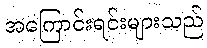
အကြောင်းရင်းများသည်